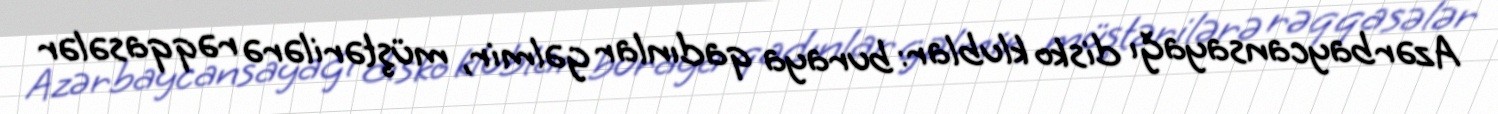
Azərbaycansayağı disko klublar: buraya qadınlar gəlmir, müştərilərə rəqqasələr